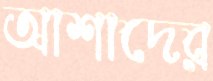
আশাদের